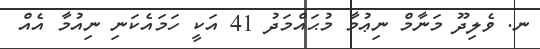
ނ. ވެލިދޫ މަނާމް ނިޢުމާ މުޙައްމަދު 41 އަކީ ހަމައެކަނި ނިއުމާ އެއް